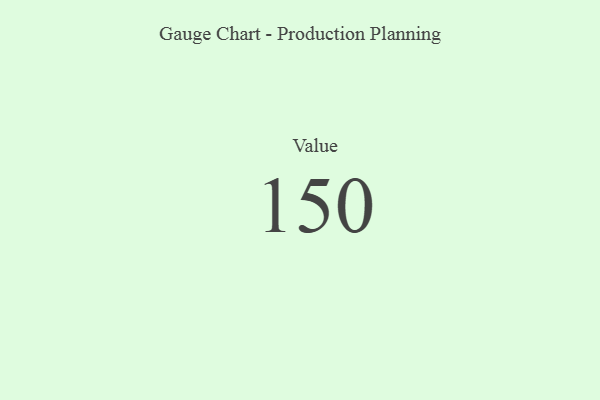
{"axis": {"x": "Metric", "y": "Value"}, "legend": [""], "data": [{"x": "Value", "y": 150, "type": ""}]}